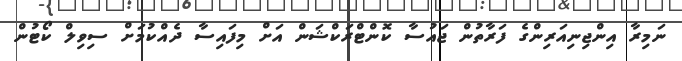
ނަމިރާ އިންޖިނިއަރިންގެ ފަރާތުން ޖައުސާ ކޮންޓްރަކްޝަން އަށް މިފައިސާ ދެއްކުމަށް ސިވިލް ކޯޓުން